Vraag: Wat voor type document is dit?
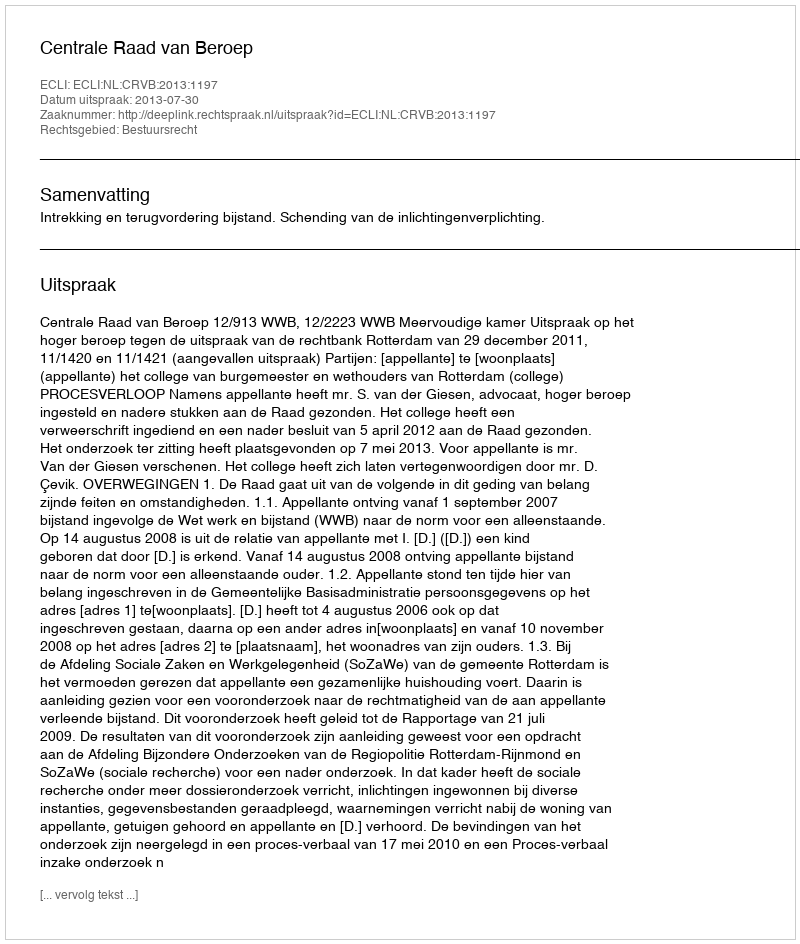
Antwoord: Uitspraak